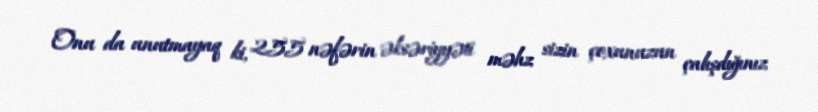
Onu da unutmayaq ki, 255 nəfərin əksəriyyəti məhz sizin çoxunuzun çalışdığınız